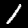
Label: 1